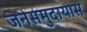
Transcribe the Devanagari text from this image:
जनसमुदायास